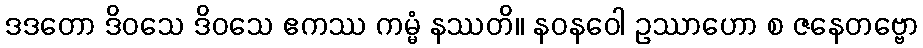
ဒဒတော ဒိဝသေ ဒိဝသေ ဧကဿ ကမ္မံ နဿတိ။ နဝနဝေါ ဥဿာဟော စ ဇနေတဗ္ဗော